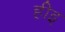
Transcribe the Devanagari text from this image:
हीइ